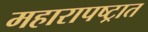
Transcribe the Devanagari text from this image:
महारापष्ट्रात